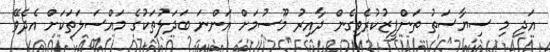
އަދި މި ސިޔާސަތު ތަންފީޒުކުރެވިގެން ދާއިރު މޫސުމަށް އަންނަ ބަދަލުތަކުގެ މައްސަލަތަކަށް އެދެވޭ